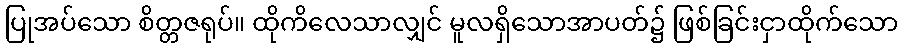
ပြုအပ်သော စိတ္တဇရုပ်။ ထိုကိလေသာလျှင် မူလရှိသောအာပတ်၌ ဖြစ်ခြင်းငှာထိုက်သော